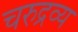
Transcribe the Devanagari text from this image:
चरुद्रव्य